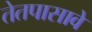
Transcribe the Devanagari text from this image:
तेतपासावे